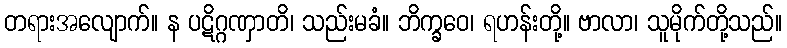
တရားအလျောက်။ န ပဋိဂ္ဂဏှာတိ၊ သည်းမခံ။ ဘိက္ခဝေ၊ ရဟန်းတို့။ ဗာလာ၊ သူမိုက်တို့သည်။